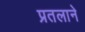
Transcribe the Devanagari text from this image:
प्रतलाने